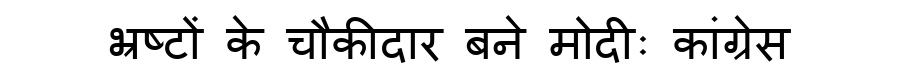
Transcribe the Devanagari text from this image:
भ्रष्टों के चौकीदार बने मोदीः कांग्रेस